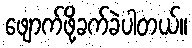
ဖျောက်ဖို့ခက်ခဲပါတယ်။